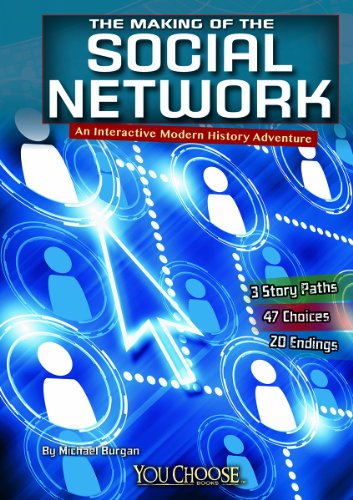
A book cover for The Making of the Social Network: An Interactive Modern History Adventure (You Choose: Modern History); Michael Burgan; Children's Books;